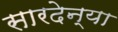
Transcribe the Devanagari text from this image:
सारदेन्या